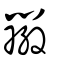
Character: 辮